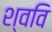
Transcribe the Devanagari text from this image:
श्ववि